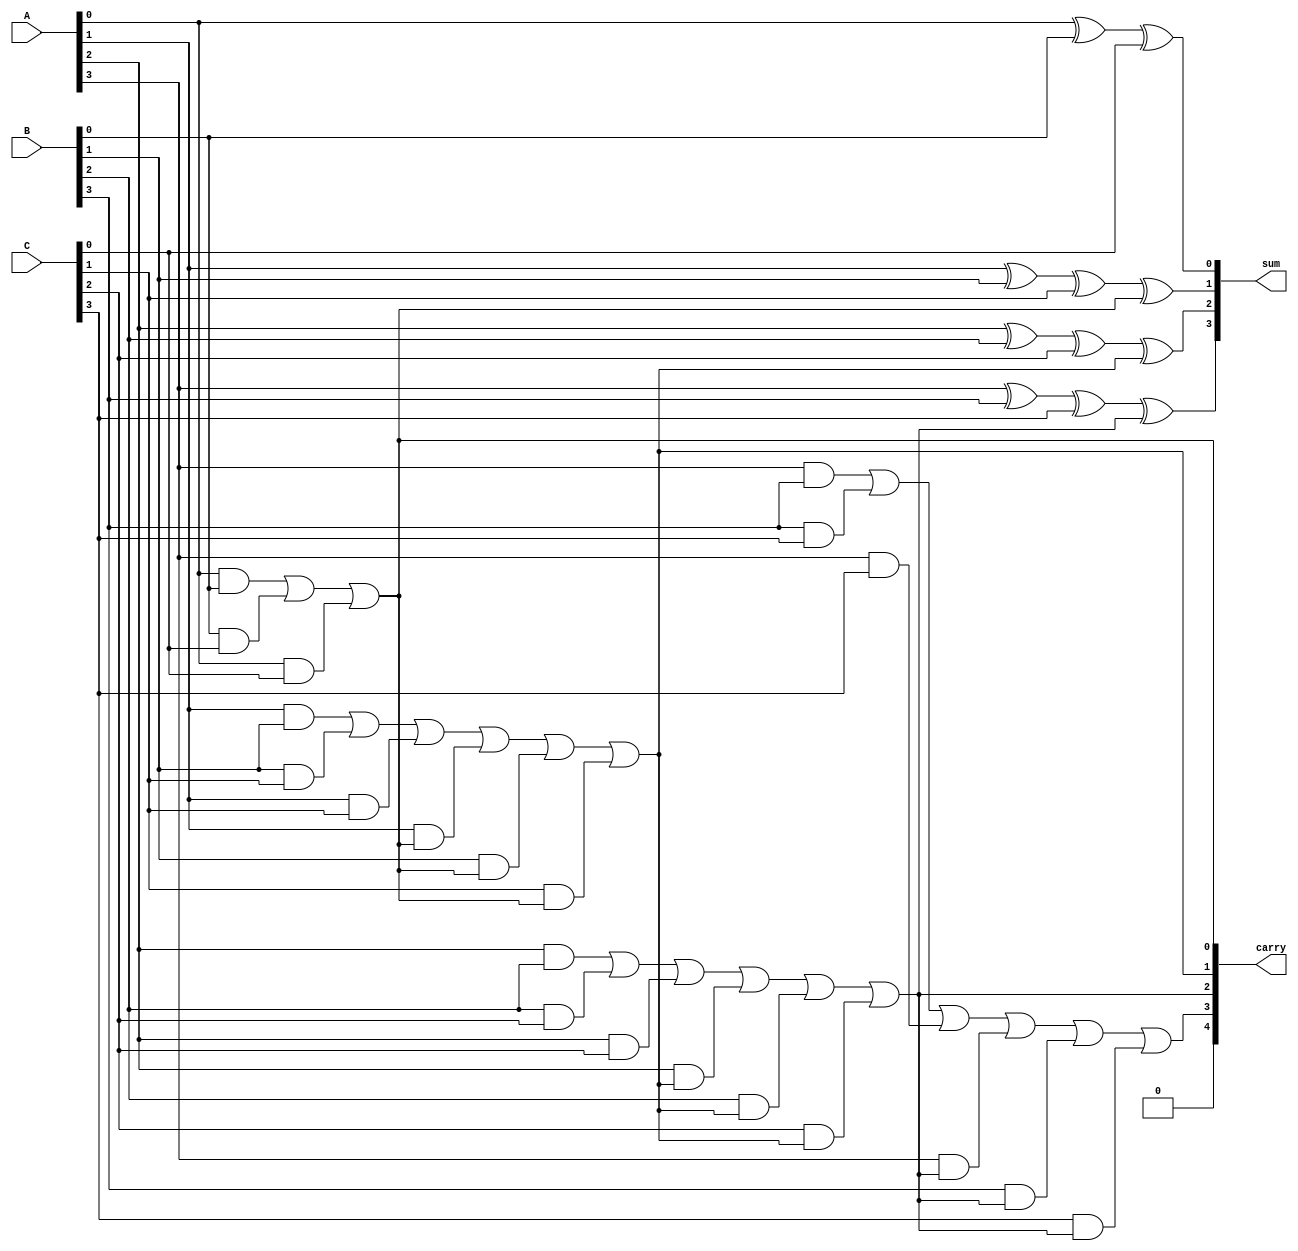
module carry_save_adder #(
    parameter N = 4  // Width of the inputs
)(
    input  [N-1:0] A, // First input
    input  [N-1:0] B, // Second input
    input  [N-1:0] C, // Third input
    output [N-1:0] sum, // Sum output
    output [N:0] carry // Carry output
);

    wire [N-1:0] sum_temp; // Intermediate sum outputs from full adders
    wire [N-1:0] carry_temp; // Intermediate carry outputs from full adders

    // Generate full adders for each bit position
    genvar i;
    generate
        for (i = 0; i < N; i = i + 1) begin : full_adder
            if (i == 0) begin
                // For the least significant bit, no carry input
                assign sum_temp[i] = A[i] ^ B[i] ^ C[i];
                assign carry_temp[i] = (A[i] & B[i]) | (B[i] & C[i]) | (A[i] & C[i]);
            end else begin
                // For other bits, include the previous carry
                assign sum_temp[i] = A[i] ^ B[i] ^ C[i] ^ carry_temp[i-1];
                assign carry_temp[i] = (A[i] & B[i]) | (B[i] & C[i]) | (A[i] & C[i]) | 
                                        (A[i] & carry_temp[i-1]) | (B[i] & carry_temp[i-1]) | (C[i] & carry_temp[i-1]);
            end
        end
    endgenerate

    // Final output assignments
    assign sum = sum_temp;
    assign carry = carry_temp;

endmodule